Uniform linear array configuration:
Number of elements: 12
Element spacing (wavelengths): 0.25
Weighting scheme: hamming
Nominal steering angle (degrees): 0
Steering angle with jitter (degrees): -0.5937
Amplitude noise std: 0.05
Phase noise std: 0.05

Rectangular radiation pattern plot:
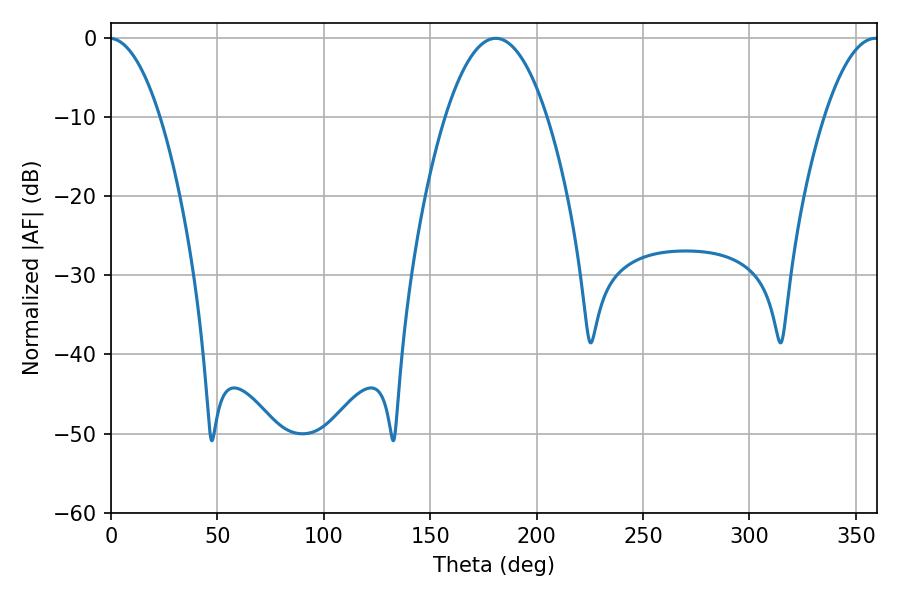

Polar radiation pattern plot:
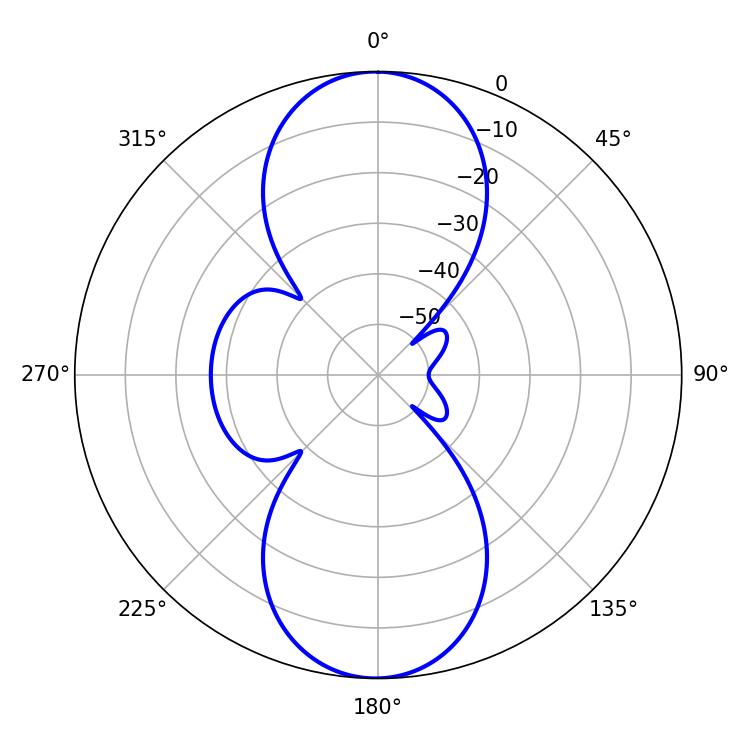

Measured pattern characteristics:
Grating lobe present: FALSE
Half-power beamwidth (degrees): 26.46
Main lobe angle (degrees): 180.72